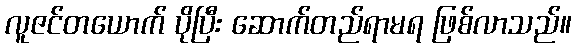
လူဇင်တယောက် ပိုပြီး ဆောက်တည်ရာမရ ဖြစ်လာသည်။